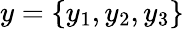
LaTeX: y=\{ y_{1},y_{2},y_{3}\}